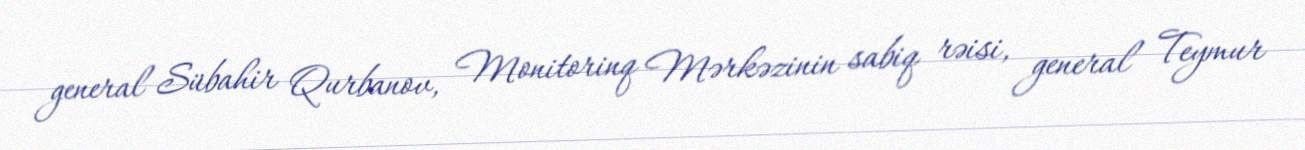
general Sübahir Qurbanov, Monitorinq Mərkəzinin sabiq rəisi, general Teymur